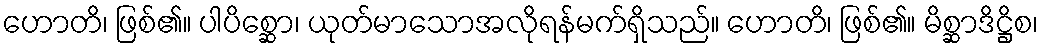
ဟောတိ၊ ဖြစ်၏။ ပါပိစ္ဆော၊ ယုတ်မာသောအလိုရန်မက်ရှိသည်။ ဟောတိ၊ ဖြစ်၏။ မိစ္ဆာဒိဋ္ဌိစ၊